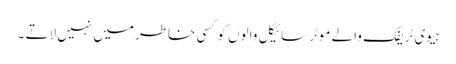
ہیوی ٹریفک والے موٹرسائیکل والوں کو کسی خاطر میں نہیں لاتے ۔